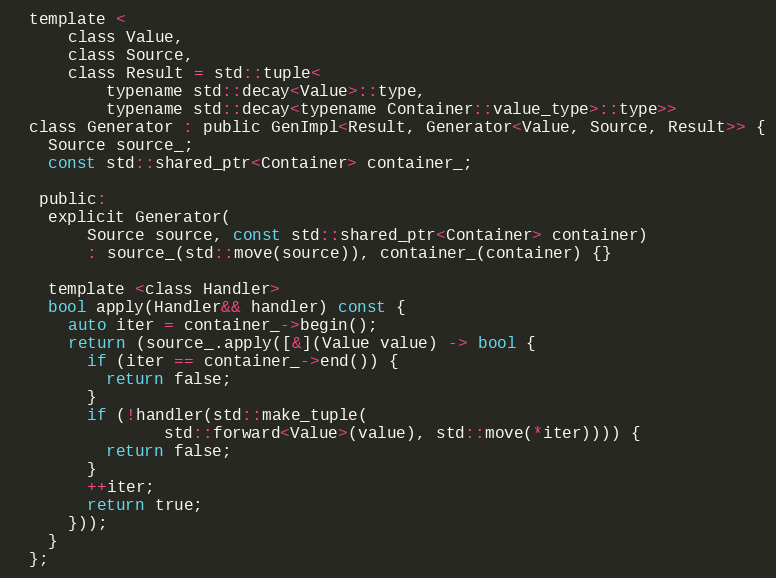
Language: C
  template <
      class Value,
      class Source,
      class Result = std::tuple<
          typename std::decay<Value>::type,
          typename std::decay<typename Container::value_type>::type>>
  class Generator : public GenImpl<Result, Generator<Value, Source, Result>> {
    Source source_;
    const std::shared_ptr<Container> container_;

   public:
    explicit Generator(
        Source source, const std::shared_ptr<Container> container)
        : source_(std::move(source)), container_(container) {}

    template <class Handler>
    bool apply(Handler&& handler) const {
      auto iter = container_->begin();
      return (source_.apply([&](Value value) -> bool {
        if (iter == container_->end()) {
          return false;
        }
        if (!handler(std::make_tuple(
                std::forward<Value>(value), std::move(*iter)))) {
          return false;
        }
        ++iter;
        return true;
      }));
    }
  };